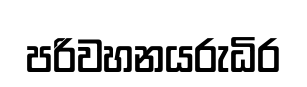
පරිවහනයරුධිර